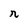
Character: r